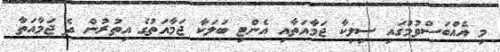
މި އެއްބަސްވުމުގައި ސިލިކާ ޖަމާއަތާއި އެންޓި ބަލަކާ ޖަމާއަތުގެ އިތުރުން ދެ ޖަމާއަތާ